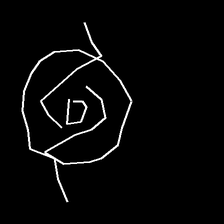
Glyph: repetition